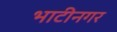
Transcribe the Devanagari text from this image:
भाटीनगर